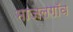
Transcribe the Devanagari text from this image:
माजलगाँव